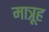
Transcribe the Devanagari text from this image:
मात्रूह